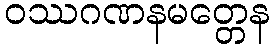
ဝဿဂဏနမတ္တေန